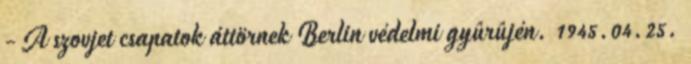
- A szovjet csapatok áttörnek Berlin védelmi gyûrûjén. 1945.04.25.